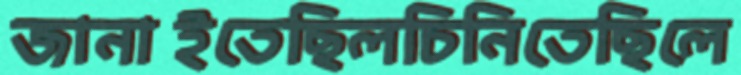
জানাইতেছিলচিনিতেছিলে